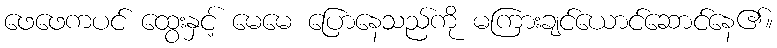
ဖေဖေကပင် ထွေးနှင့် မေမေ ပြောနေသည်ကို မကြားချင်ယောင်ဆောင်နေ၏။